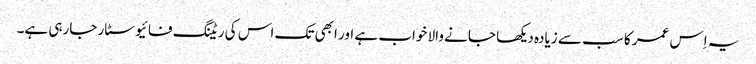
یہ اِس عمر کا سب سے زیادہ دیکھا جانے والا خواب ہے اور ابھی تک اس کی ریٹنگ فائیو سٹار جارہی ہے۔